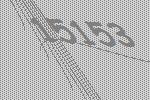
15153